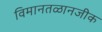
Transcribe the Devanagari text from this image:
विमानतळानजीक